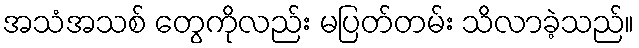
အသံအသစ် တွေကိုလည်း မပြတ်တမ်း သိလာခဲ့သည်။